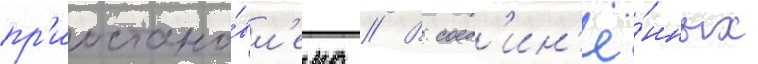
пр'иостано́вл'ено // В соед'ин'ё́нных